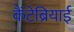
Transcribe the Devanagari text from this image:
कैंटेब्रियाई